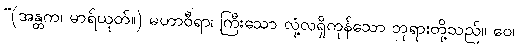
“(အန္တက၊ မာရ်ယုတ်။) မဟာဝီရာ၊ ကြီးသော လုံ့လရှိကုန်သော ဘုရားတို့သည်။ ဝေ၊